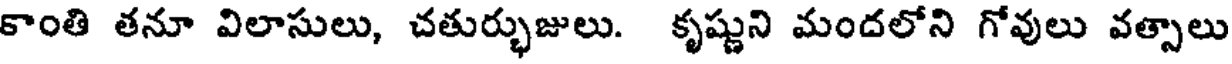
కాంతి తనూ విలాసులు, చతుర్భుజులు. కృష్ణుని మందలోని గోవులు వత్సాలు